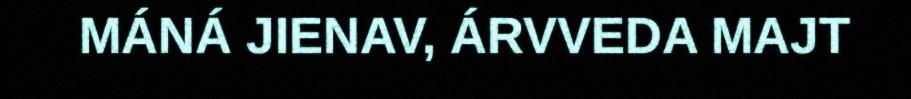
MÁNÁ JIENAV, ÁRVVEDA MAJT